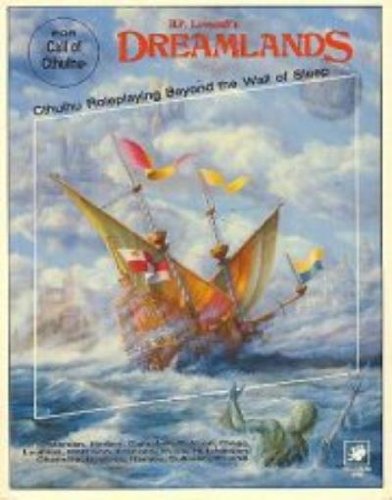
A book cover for H.P. Lovecraft's Dreamlands, 2nd edition (Call of Cthulhu: Roleplaying Beyond the Wall of Sleep); Sandy Petersen; Science Fiction & Fantasy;